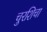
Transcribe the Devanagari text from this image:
चुरशिचा